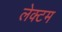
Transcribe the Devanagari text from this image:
लेक्टम